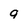
Character: q